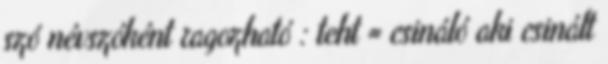
szó névszóként ragozható : teht = csináló aki csinált